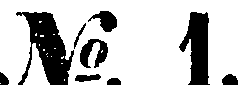
№. 1.